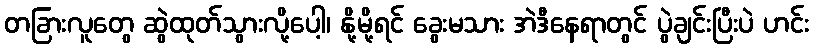
တခြားလူတွေ ဆွဲထုတ်သွားလို့ပေါ့၊ နို့မို့ရင် ခွေးမသား အဲဒီနေရာတွင် ပွဲချင်းပြီးပဲ ဟင်း